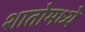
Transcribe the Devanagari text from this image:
शातोमध्ये